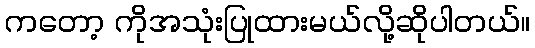
ကတော့ ကိုအသုံးပြုထားမယ်လို့ဆိုပါတယ်။